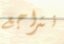
نتراجع